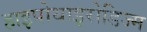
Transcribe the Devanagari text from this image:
हाइपोथाइरोडिज्म